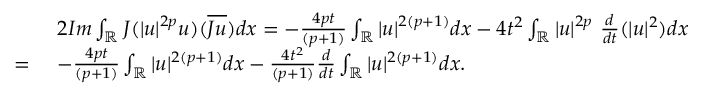
\begin{array} { r l } & { \ 2 I m \int _ { \mathbb { R } } J ( | u | ^ { 2 p } u ) ( \overline { { J u } } ) d x = - \frac { 4 p t } { ( p + 1 ) } \int _ { \mathbb { R } } | u | ^ { 2 ( p + 1 ) } d x - 4 t ^ { 2 } \int _ { \mathbb { R } } | u | ^ { 2 p } \ \frac { d } { d t } ( | u | ^ { 2 } ) d x } \\ { = } & { \ - \frac { 4 p t } { ( p + 1 ) } \int _ { \mathbb { R } } | u | ^ { 2 ( p + 1 ) } d x - \frac { 4 t ^ { 2 } } { ( p + 1 ) } \frac { d } { d t } \int _ { \mathbb { R } } | u | ^ { 2 ( p + 1 ) } d x . } \end{array}